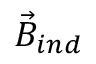
\Vec { B } _ { i n d }